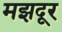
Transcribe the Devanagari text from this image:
मझदूर